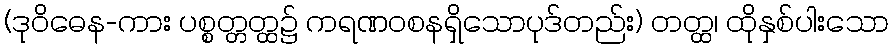
(ဒုဝိဓေန-ကား ပစ္စတ္တတ္ထ၌ ကရဏဝစနရှိသောပုဒ်တည်း) တတ္ထ၊ ထိုနှစ်ပါးသော